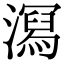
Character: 㵼